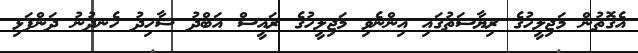
އެގޮތުން މަޖިލީހުގެ ރިޔާސަތުގައި އިންނެވި މަޖިލީހުގެ ރައީސް އަބްދު ޝާހިދު ހެނދުނު ދަންފަޅި